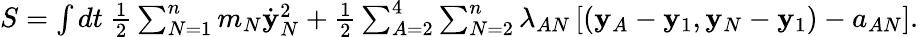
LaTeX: \begin{array}{r}{S=\int dt~\frac 12\sum_{N=1}^{n}m_{N}\dot{\mathbf y}_{N}^{2}+\frac 12\sum_{A=2}^{4}\sum_{N=2}^{n}\lambda_{AN}\left[({\mathbf y}_{A}-{\mathbf y}_{1},{\mathbf y}_{N}-{\mathbf y}_{1})-a_{AN}\right].}\end{array}